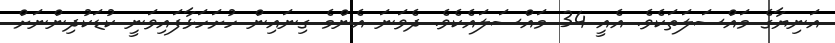
އަނިޔާގެ މައްސަލަތަކެވެ. އެއީ 34 މައްސަލައެކެވެ. ދެވަނަ އެންމެ ގިނައިން ހުށަހަޅާފައިވަނީ ކުޑަކުދިންނަށް